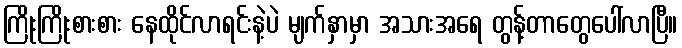
ကြိုးကြိုးစားစား နေထိုင်လာရင်းနဲ့ပဲ မျက်နှာမှာ အသားအရေ တွန့်တာတွေပေါ်လာပြီ။